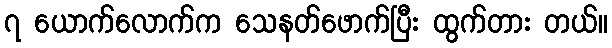
၇ ယောက်လောက်က သေနတ်ဖောက်ပြီး ထွက်တား တယ်။